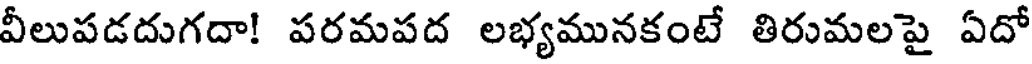
వీలుపడదుగదా! పరమపద లభ్యమునకంటే తిరుమలపై ఏదో